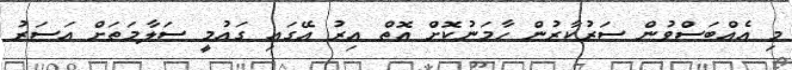
މި އެއްބަސްވުން ސަރުކާރުން ހާމަނުކޮށް އޮތް އިރު އޭގައި ގައުމީ ސަލާމަތަށް އަސަރު